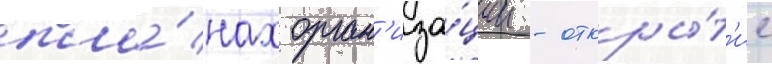
пла́нах орган'иза́ции - откры́т'ие